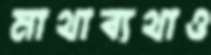
মাথাব্যথাও